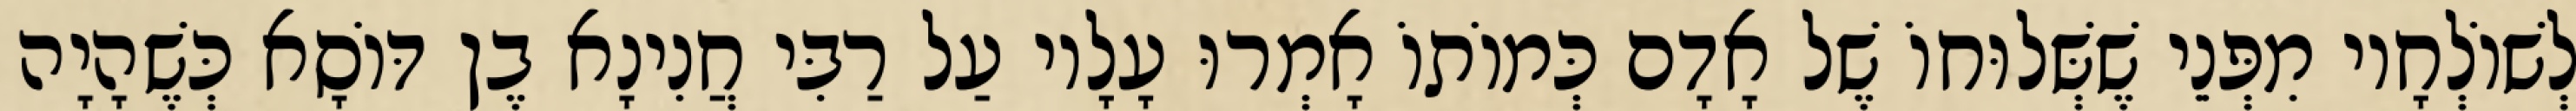
לְשׁוֹלְחָיו מִפְּנֵי שֶׁשְּׁלוּחוֹ שֶׁל אָדָם כְּמוֹתוֹ אָמְרוּ עָלָיו עַל רַבִּי חֲנִינָא בֶן דּוֹסָא כְּשֶׁהָיָה